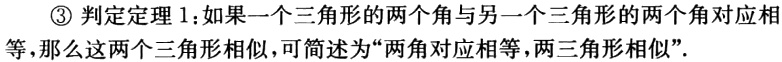
\textcircled{3}判定定理1：如果一个三角形的两个角与另一个三角形的两个角对应相等，那么这两个三角形相似，可简述为“两角对应相等，两三角形相似”.